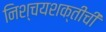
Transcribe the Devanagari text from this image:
निश्चयशक्तीची